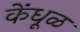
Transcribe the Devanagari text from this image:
केंधूळ